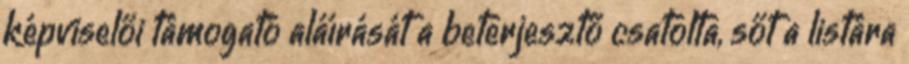
képviselői támogató aláírását a beterjesztő csatolta, sőt a listára